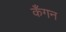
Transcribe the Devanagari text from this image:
कँगन